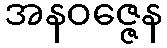
အနဝဇ္ဇေန